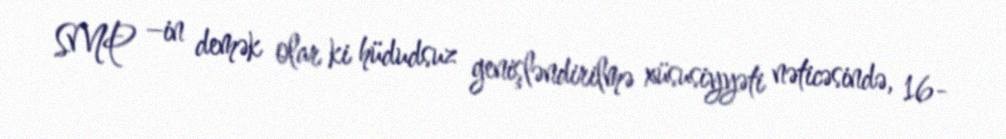
SMP –in demək olar ki hüdudsuz genişləndirilmə xüsusiyyəti nəticəsində, 16-